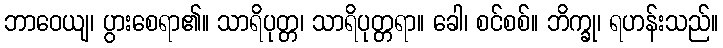
ဘာဝေယျ၊ ပွားစေရာ၏။ သာရိပုတ္တ၊ သာရိပုတ္တရာ။ ခေါ၊ စင်စစ်။ ဘိက္ခု၊ ရဟန်းသည်။